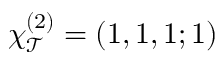
\chi _ { \mathcal { T } } ^ { ( 2 ) } = ( 1 , 1 , 1 ; 1 )